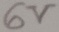
Text: 6V